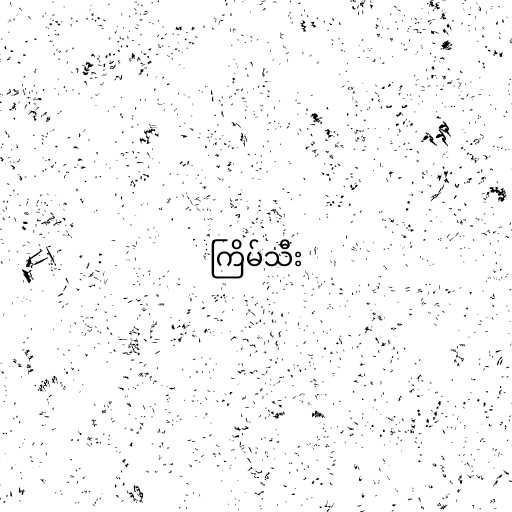
ကြိမ်သီး